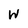
Character: W